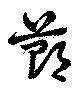
鄭